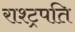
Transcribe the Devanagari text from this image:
राश्ट्रपति